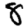
Digit: 8